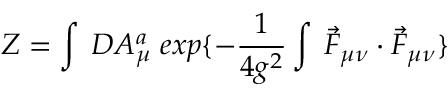
Z = \int \: { \cal D } A _ { \mu } ^ { a } \; e x p \{ - \frac { 1 } { 4 g ^ { 2 } } \int \: \vec { F } _ { \mu \nu } \cdot \vec { F } _ { \mu \nu } \}